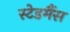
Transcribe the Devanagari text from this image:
स्टेडमैंस